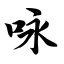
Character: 咏